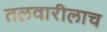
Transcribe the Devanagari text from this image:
तलवारीलाच